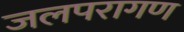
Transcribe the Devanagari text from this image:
जलपरागण